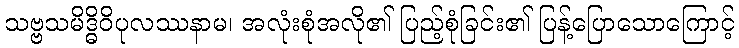
သဗ္ဗသမိဒ္ဓိဝိပုလဿနာမ၊ အလုံးစုံအလို၏ ပြည့်စုံခြင်း၏ ပြန့်ပြောသောကြောင့်